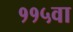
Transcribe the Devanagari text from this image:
११५वा